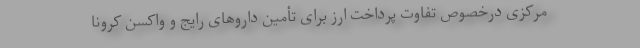
مرکزی درخصوص تفاوت پرداخت ارز برای تأمین داروهای رایج و واکسن کرونا